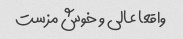
واقعا عالی و خوش مزست